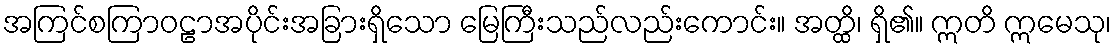
အကြင်စကြာဝဠာအပိုင်းအခြားရှိသော မြေကြီးသည်လည်းကောင်း။ အတ္ထိ၊ ရှိ၏။ ဣတိ ဣမေသု၊